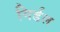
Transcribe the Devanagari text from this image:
गिर्डल